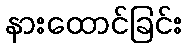
နားထောင်ခြင်း